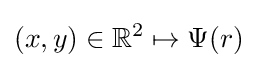
(x,y)\in \mathbb {R} ^{2}\mapsto \Psi (r)